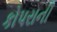
કોપરાની